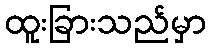
ထူးခြားသည်မှာ